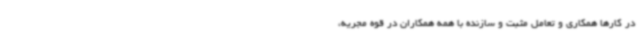
در کارها همکاری و تعامل مثبت و سازنده با همه همکاران در قوه مجریه،